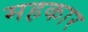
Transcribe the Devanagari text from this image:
महकार